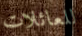
للعائلات